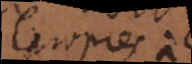
propres à